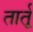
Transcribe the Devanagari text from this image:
तार्तू